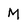
Character: M